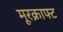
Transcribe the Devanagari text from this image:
मूरक्राफ्ट